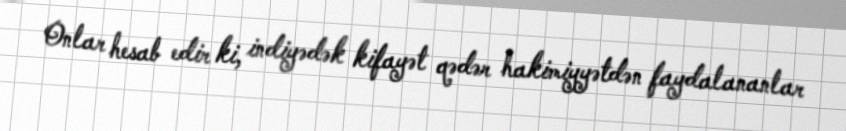
Onlar hesab edir ki, indiyədək kifayət qədər hakimiyyətdən faydalananlar